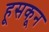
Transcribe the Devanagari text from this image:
हूसकून